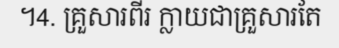
។4. គ្រួសារពីរ ក្លាយជាគ្រួសារតែ